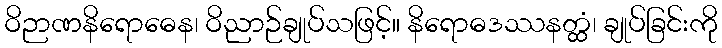
ဝိဉာဏနိရောဓေန၊ ဝိညာဉ်ချုပ်သဖြင့်။ နိရောဓဒဿနတ္ထံ၊ ချုပ်ခြင်းကို